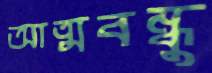
আত্মবন্ধু